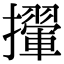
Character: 㩣